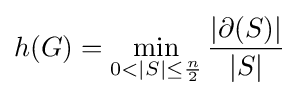
h(G)=\min _{0<|S|\leq {\frac {n}{2}}}{\frac {|\partial (S)|}{|S|}}